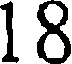
18